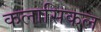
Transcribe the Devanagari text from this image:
कलासिकल